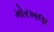
મોરખલા